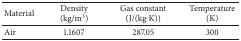
<table><thead><tr><td><b>Material</b></td><td><b>Density (kg/m<sup>3</sup>)</b></td><td><b>Gas constant (J/(kg·K))</b></td><td><b>Temperature (K)</b></td></tr></thead><tbody><tr><td>Air</td><td>1.1607</td><td>287.05</td><td>300</td></tr></tbody></table>